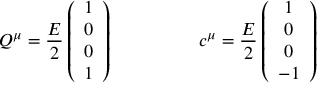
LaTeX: Q ^ { \mu } = \frac { E } { 2 } \left( \begin{array} { c } { { 1 } } \\ { { 0 } } \\ { { 0 } } \\ { { 1 } } \end{array} \right) ~ ~ ~ ~ ~ ~ ~ ~ ~ ~ ~ ~ ~ ~ c ^ { \mu } = \frac { E } { 2 } \left( \begin{array} { c } { { 1 } } \\ { { 0 } } \\ { { 0 } } \\ { { - 1 } } \end{array} \right)